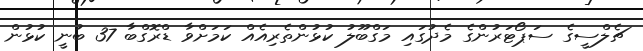
ޗެލްސީގެ ސަޕޯޓަރުންގެ މެދުގައި މަގްބޫލު ކުޅުންތެރިއެއް ކަމަށްވާ ޑްރޮގްބާ 37 ބުނީ ކުޅުން